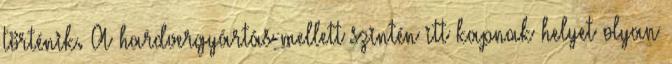
történik. A hardvergyártás mellett szintén itt kapnak helyet olyan